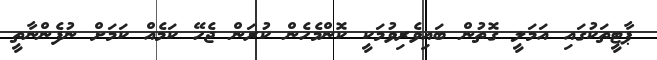
ޕާޓީތަކުގައި އަމަލީ ގޮތުން ބައިވެރިވުމަކީ ކޮންމެހެން ކުރަން ޖެހޭ ކަމެއް ކަމަށް ނުފެންނާތީ